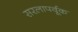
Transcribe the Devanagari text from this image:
सरलापर्वूक